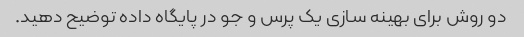
دو روش برای بهینه سازی یک پرس و جو در پایگاه داده توضیح دهید.